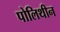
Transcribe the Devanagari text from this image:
पोलिथीन